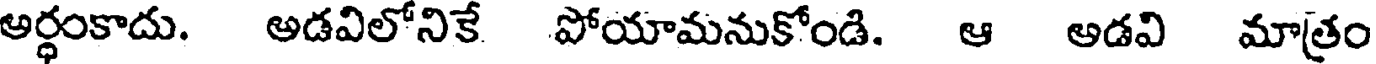
అర్ధంకాదు. అడవిలోనికే పోయామనుకోండి. ఆ అడవి మాత్రం